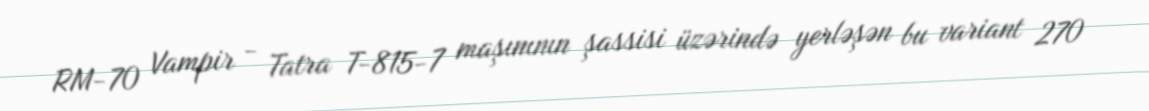
RM-70 Vampir - Tatra T-815-7 maşınının şassisi üzərində yerləşən bu variant 270